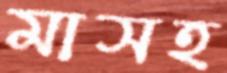
মাসহ